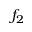
f _ { 2 }